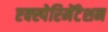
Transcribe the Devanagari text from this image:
एक्स्पेरिमेंटेशन